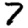
Digit: 7